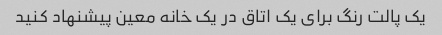
یک پالت رنگ برای یک اتاق در یک خانه معین پیشنهاد کنید